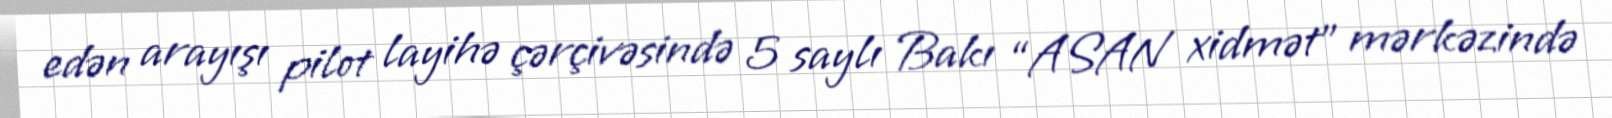
edən arayışı pilot layihə çərçivəsində 5 saylı Bakı “ASAN xidmət” mərkəzində